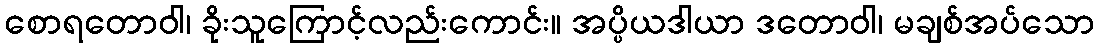
စောရတောဝါ၊ ခိုးသူကြောင့်လည်းကောင်း။ အပ္ပိယဒါယာ ဒတောဝါ၊ မချစ်အပ်သော